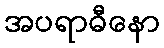
အပရာဓီနော